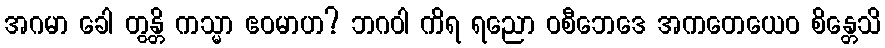
အဂမာ ခေါ တွန္တိ ကသ္မာ ဧဝမာဟ? ဘဂဝါ ကိရ ရညော ဝစီဘေဒေ အကတေယေဝ စိန္တေသိ